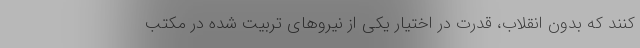
کنند که بدون انقلاب، قدرت در اختیار یکی از نیروهای تربیت شده در مکتب